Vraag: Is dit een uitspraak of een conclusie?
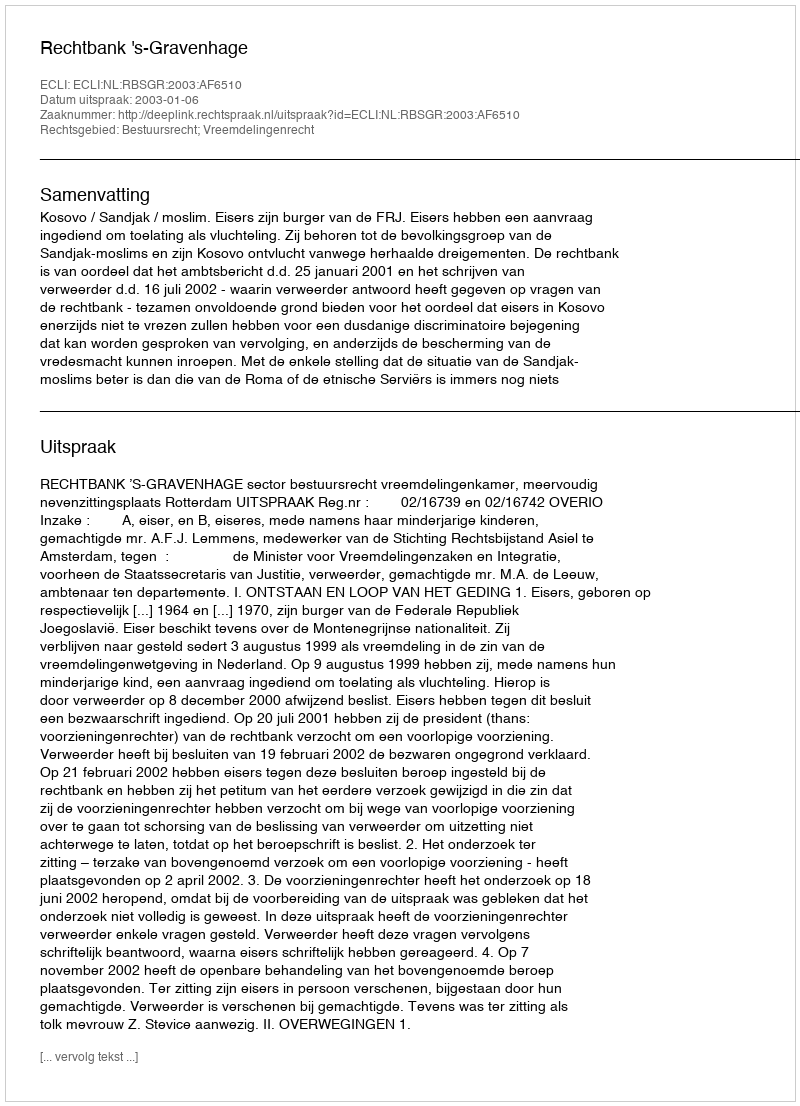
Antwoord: Uitspraak